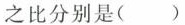
之比分别是()